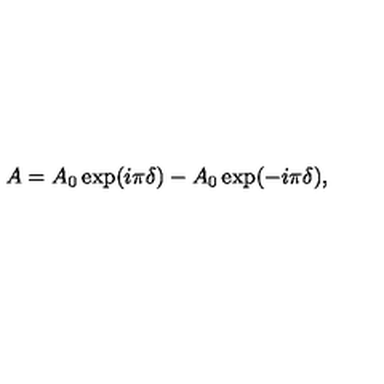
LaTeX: A = A _ { 0 } \exp ( i \pi \delta ) - A _ { 0 } \exp ( - i \pi \delta ) ,